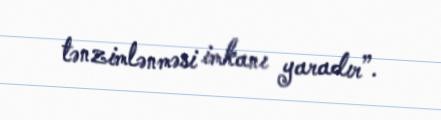
tənzimlənməsi imkanı yaradır”.